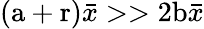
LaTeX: (\mathrm{a}+\mathrm{r})\bar{x}>>2\mathrm{b}\bar{x}